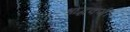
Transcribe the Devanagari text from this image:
श्राद्धकर्म।